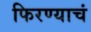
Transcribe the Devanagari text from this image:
फिरण्याचं